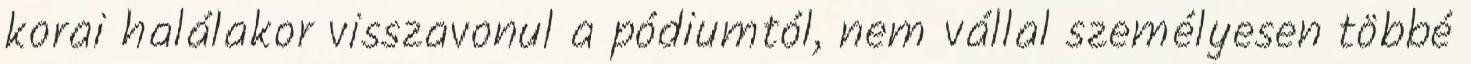
korai halálakor visszavonul a pódiumtól, nem vállal személyesen többé